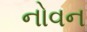
નોવન